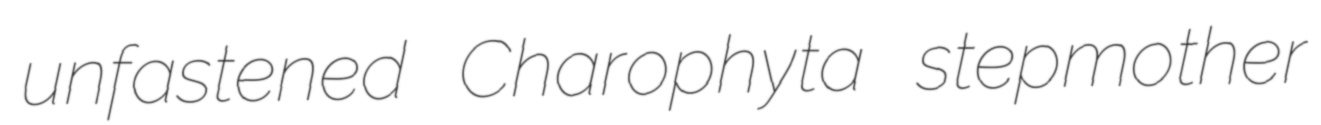
unfastened Charophyta stepmother